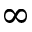
\infty